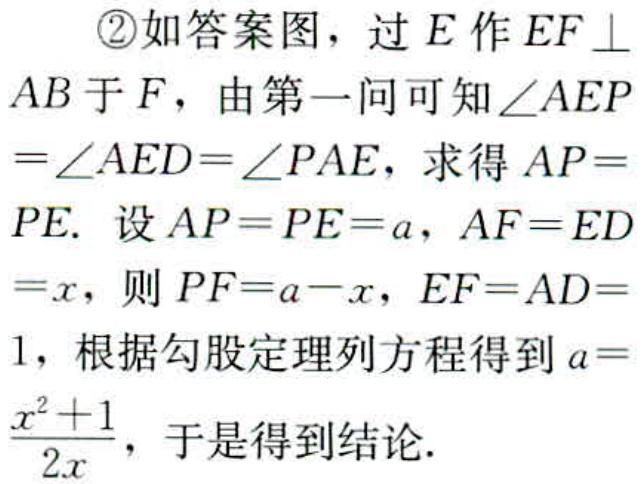
\textcircled{2}如答案图，过\(E\)作\(EF \perp AB\)于\(F\)，由第一问可知\(\angle AEP=\angle AED=\angle PAE\)，求得\(AP = PE\). 设\(AP = PE = a\)，\(AF = ED=x\)，则\(PF = a - x\)，\(EF = AD = 1\)，根据勾股定理列方程得到\(a=\frac{x^{2}+1}{2x}\)，于是得到结论.